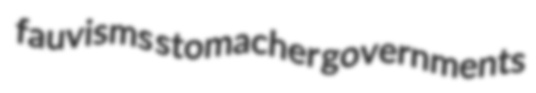
fauvisms stomacher governments